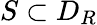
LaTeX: S\subset D_{R}